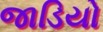
જાડિયો